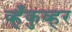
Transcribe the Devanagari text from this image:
व्हँकुव्हर